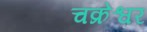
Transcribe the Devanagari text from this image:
चक्रेश्वर